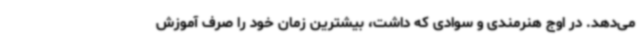
می‌دهد. در اوج هنرمندی و سوادی که داشت، بیشترین زمان خود را صرف آموزش